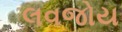
લવજોય